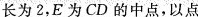
长为2，E为CD的中点，以点